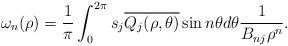
LaTeX: \begin{align*}\omega_n(\rho)=\frac{1}{\pi}\int_0^{2\pi}s_j \overline{Q_j(\rho,\theta)}\sin n\theta d\theta\dfrac{1}{B_{nj}\rho^n}.\end{align*}